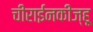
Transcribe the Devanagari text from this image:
चीराईनकीज्हू